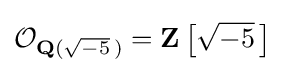
{\mathcal {O}}_{\mathbf {Q} ({\sqrt {-5}}\,)}=\mathbf {Z} \left[{\sqrt {-5}}\,\right]